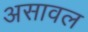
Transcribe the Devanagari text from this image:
असावल